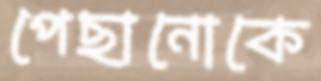
পেছানোকে